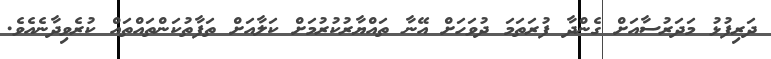
ދަރިފުޅު މަދަރުސާއަށް ގެންދާ ފުރަތަމަ ދުވަހަށް އޭނާ ތައްޔާރުކުރުމަށް ކަލާއަށް ތަފާތުކަންތައްތައް ކުރެވިދާނެއެވެ.